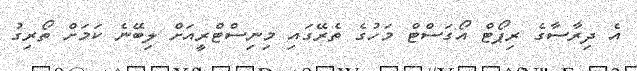
އެ ދިރާސާގެ ރިޕޯޓް އޯގަސްޓް މަހުގެ ތެރޭގައި މިނިސްޓްރީއަށް ލިބޭނެ ކަމަށް ތޯރިގު